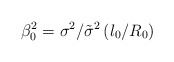
\begin{align*}\beta _{0}^{2}=\sigma _{}^{2}/{{\tilde{\sigma }}^{2}}\left( {{l}_{0}}/{{R}_{0}} \right)\end{align*}